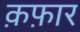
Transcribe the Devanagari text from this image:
क़फ़ार